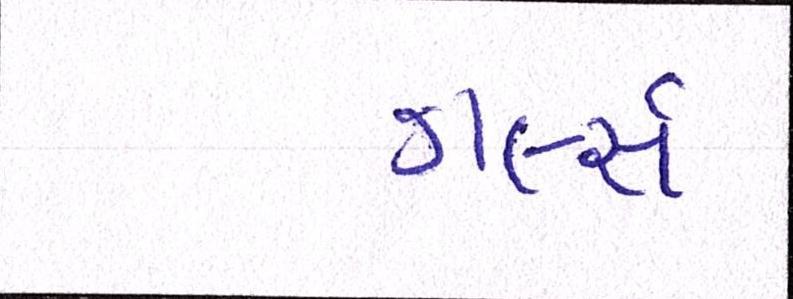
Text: ગર્લ્સે